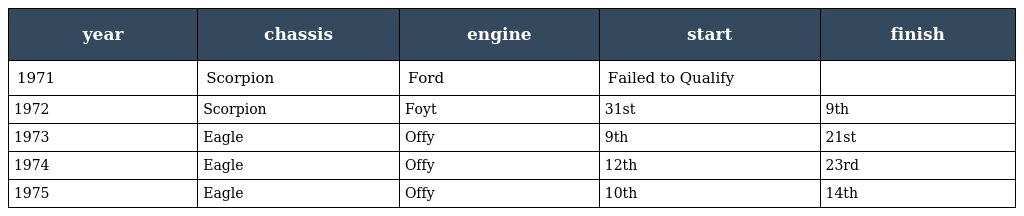
| year | chassis | engine | start | finish |
 | --- | --- | --- | --- | --- |
 | 1971 | Scorpion | Ford | Failed to Qualify |  |
 | 1972 | Scorpion | Foyt | 31st | 9th |
 | 1973 | Eagle | Offy | 9th | 21st |
 | 1974 | Eagle | Offy | 12th | 23rd |
 | 1975 | Eagle | Offy | 10th | 14th |